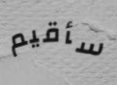
سأقيم